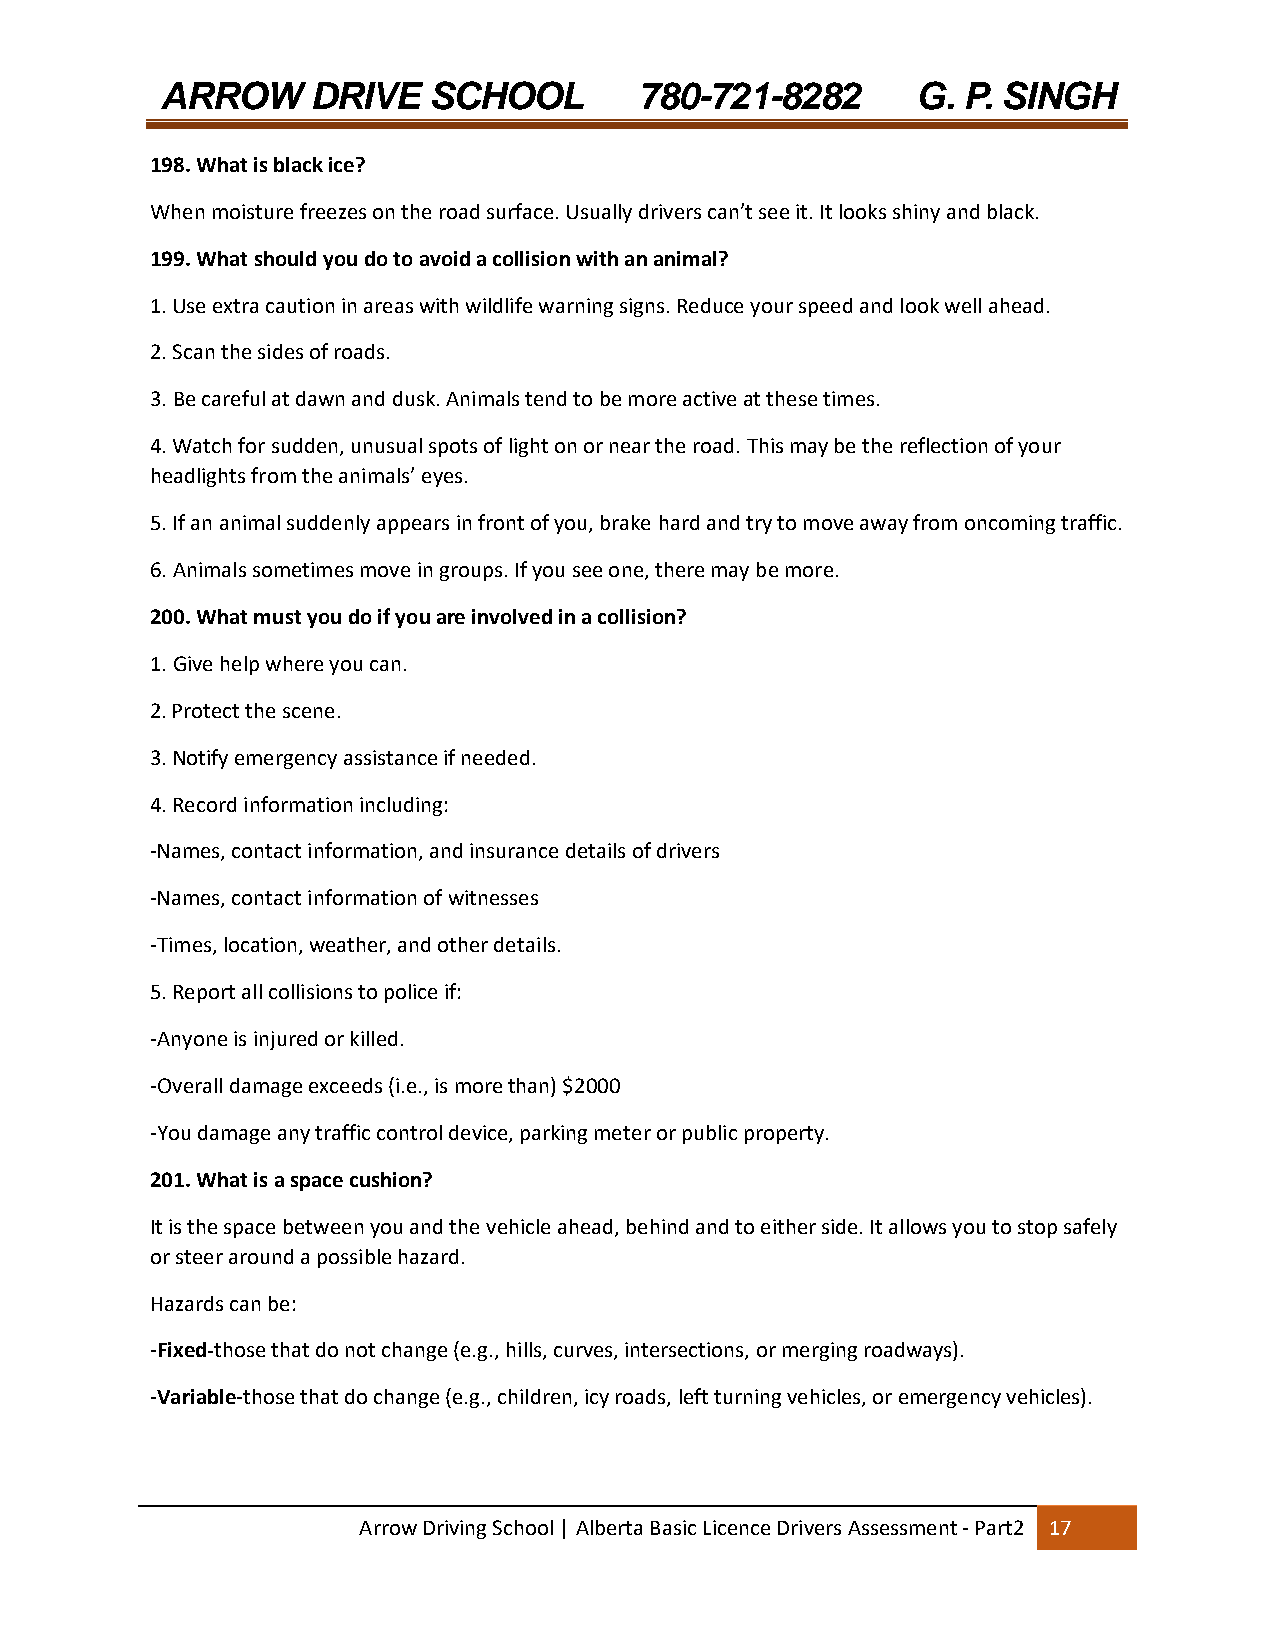
ARROW     DRIVE  SCHOOL        780-721-8282       G. P. SINGH
 198. What is black ice?
 When moisture freezes on the road surface. Usually drivers can’t see it. It looks shiny and black.
 199. What should you do to avoid a collision with an animal?
 1. Use extra caution in areas with wildlife warning signs. Reduce your speed and look well ahead.
 2. Scan the sides of roads.
 3. Be careful at dawn and dusk. Animals tend to be more active at these times.
 4. Watch for sudden, unusual spots of light on or near the road. This may be the reflection of your
 headlights from the animals’ eyes.
 5. If an animal suddenly appears in front of you, brake hard and try to move away from oncoming traffic.
 6. Animals sometimes move in groups. If you see one, there may be more.
 200. What must you do if you are involved in a collision?
 1. Give help where you can.
 2. Protect the scene.
 3. Notify emergency assistance if needed.
 4. Record information including:
 ‐Names, contact information, and insurance details of drivers
 ‐Names, contact information of witnesses
 ‐Times, location, weather, and other details.
 5. Report all collisions to police if:
 ‐Anyone is injured or killed.
 ‐Overall damage exceeds (i.e., is more than) $2000
 ‐You damage any traffic control device, parking meter or public property.
 201. What is a space cushion?
 It is the space between you and the vehicle ahead, behind and to either side. It allows you to stop safely
 or steer around a possible hazard.
 Hazards can be:
 ‐Fixed‐those that do not change (e.g., hills, curves, intersections, or merging roadways).
 ‐Variable‐those that do change (e.g., children, icy roads, left turning vehicles, or emergency vehicles).
 Arrow Driving School | Alberta Basic Licence Drivers Assessment ‐ Part2 17